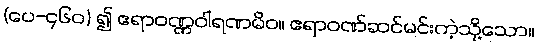
(ပေ-၄၆၀) ၍ ဧရာဝဏ္ဏဝါရဏမိဝ။ ဧရာဝဏ်ဆင်မင်းကဲ့သို့သော။